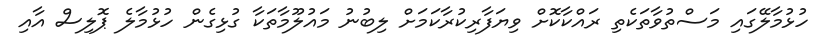
ހުޅުމާލޭގައި މަސްތުވާތަކެތި ރައްކާކޮށް ވިޔަފާރިކުރާކަމަށް ލިބުނު މައުލޫމާތަކާ ގުޅިގެން ހުޅުމާލެ ޕޮލިސް އާއި